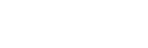
ဖာတိကရေယျ